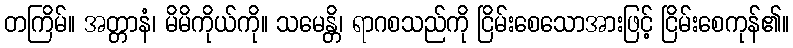
တကြိမ်။ အတ္တာနံ၊ မိမိကိုယ်ကို။ သမေန္တိ၊ ရာဂစသည်ကို ငြိမ်းစေသောအားဖြင့် ငြိမ်းစေကုန်၏။